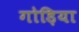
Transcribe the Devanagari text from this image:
गोड़िया